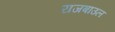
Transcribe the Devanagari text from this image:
राजबाउल